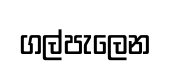
ගල්පැලෙන